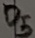
Text: D5